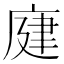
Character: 𢉆